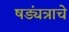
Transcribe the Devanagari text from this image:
षड्यंत्राचे